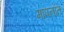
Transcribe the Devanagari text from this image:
मापनांत